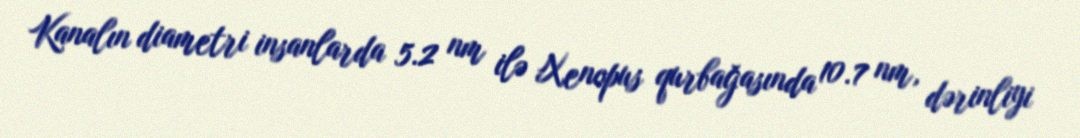
Kanalın diametri insanlarda 5.2 nm ilə Xenopus qurbağasında 10.7 nm, dərinliyi